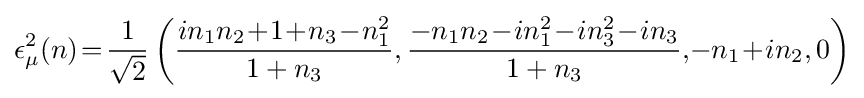
\epsilon _{\mu }^{2}(n)\!=\!{1 \over {\sqrt {2}}}\left({{in_{1}n_{2}\!+\!1\!+\!n_{3}\!-\!n_{1}^{2}} \over {1+n_{3}}},{{-n_{1}n_{2}\!-\!in_{1}^{2}\!-\!in_{3}^{2}\!-\!in_{3}} \over {1+n_{3}}},\!-n_{1}\!+\!in_{2},0\right)